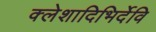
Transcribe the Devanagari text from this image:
क्लेशादिभिर्देवि